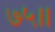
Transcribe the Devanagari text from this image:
७५।।